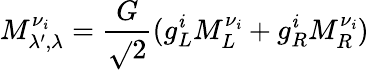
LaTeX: M_{\lambda^{\prime},\lambda}^{\nu_{\mathit{i}}}=\frac{{\displaystyle{G}}}{{\displaystyle{\sqrt{}{{2}}}}}(g_{L}^{\mathit{i}}M_{L}^{\nu_{\mathit{i}}}+g_{R}^{\mathit{i}}M_{R}^{\nu_{\mathit{i}}})